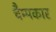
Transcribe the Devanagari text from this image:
चैम्पकार